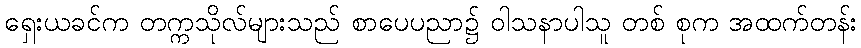
ရှေးယခင်က တက္ကသိုလ်များသည် စာပေပညာ၌ ဝါသနာပါသူ တစ် စုက အထက်တန်း